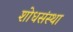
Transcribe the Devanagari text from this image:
शोधसंस्था